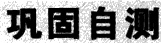
巩固自测